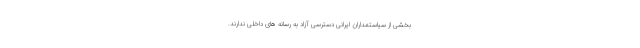
بخشی از سیاستمداران ایرانی دسترسی آزاد به رسانه های داخلی ندارند.